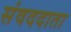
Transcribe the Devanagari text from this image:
संवददाता